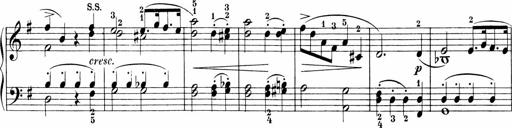
Title: Sonatinen Op.47, 98 und 136, nebst 6 Liedersonatinen
Composer: Carl Reinecke